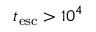
t _ { \mathrm { e s c } } > 1 0 ^ { 4 }